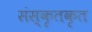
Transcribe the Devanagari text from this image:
संस्कृतकृत